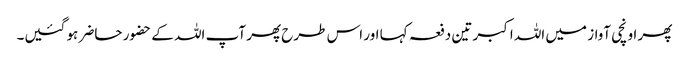
پھر اونچی آواز میں اللہ اکبر تین دفعہ کہا اور اس طرح پھر آپ اللہ کے حضور حاضر ہو گئیں۔